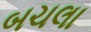
બચલા